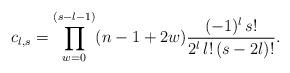
LaTeX: \begin{align*} c_{l,s} = \prod\limits_{w=0}^{(s-l-1)}(n-1+2w) \frac{(-1)^l \, s! }{2^l \, l! \, (s-2l)!}. \end{align*}